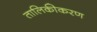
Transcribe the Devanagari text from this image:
तालिकीकरण